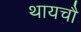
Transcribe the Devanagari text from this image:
थायचौ